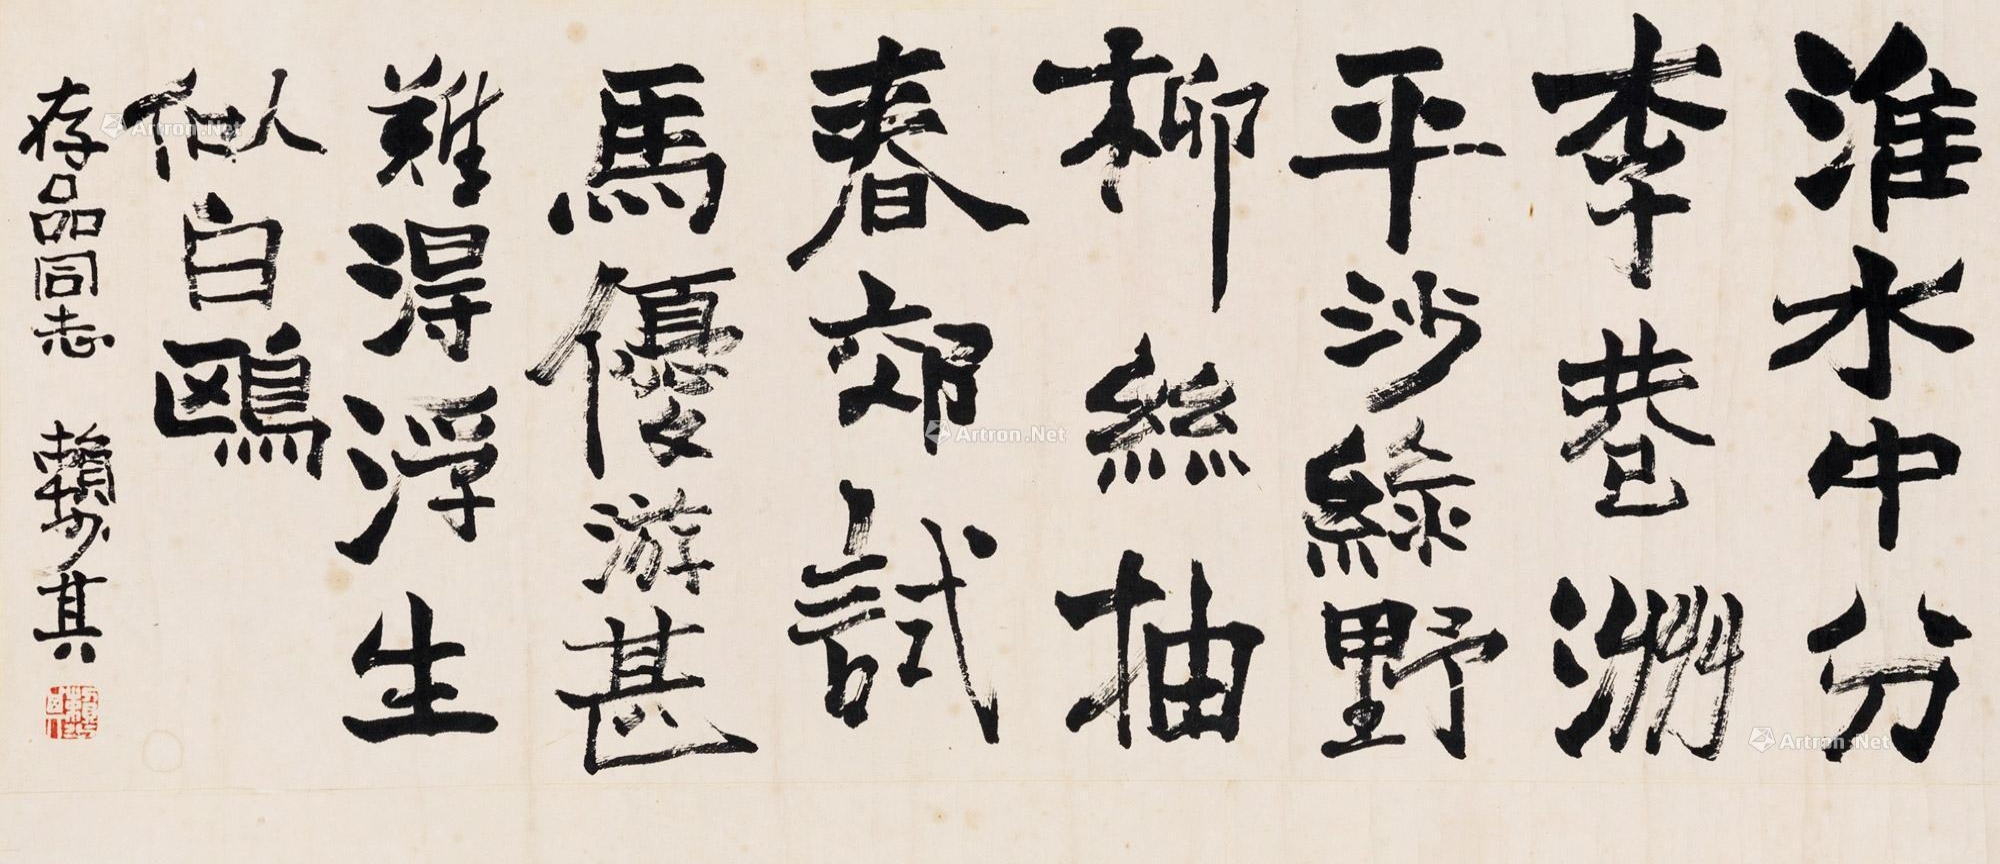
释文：淮水中分李巷洲，平沙绿野柳丝抽。春郊试马优游甚，难得浮生似白鸥。存品同志，赖少其。